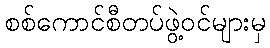
စစ်ကောင်စီတပ်ဖွဲ့ဝင်များမှ